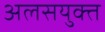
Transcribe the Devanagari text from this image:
अलसयुक्त